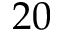
2 0